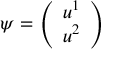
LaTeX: \psi = { \left( \begin{array} { l } { u ^ { 1 } } \\ { u ^ { 2 } } \end{array} \right) }